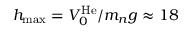
h _ { \operatorname* { m a x } } = V _ { 0 } ^ { \mathrm { H e } } / m _ { n } g \approx 1 8